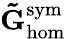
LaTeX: \mathbf{\tilde{G}}_{\mathrm{hom}}^{\mathrm{sym}}